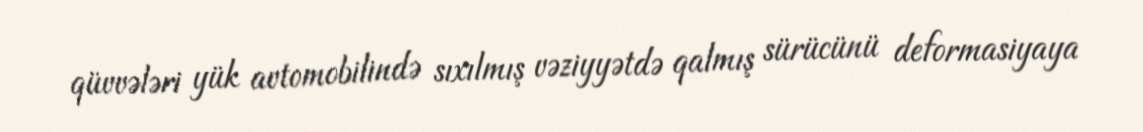
qüvvələri yük avtomobilində sıxılmış vəziyyətdə qalmış sürücünü deformasiyaya